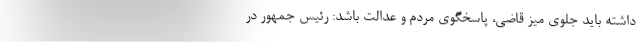
داشته باید جلوی میز قاضی، پاسخگوی مردم و عدالت باشد: رئیس جمهور در